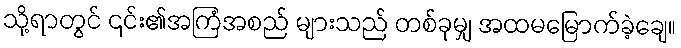
သို့ရာတွင် ၎င်း၏အကြံအစည် များသည် တစ်ခုမျှ အထမမြောက်ခဲ့ချေ။